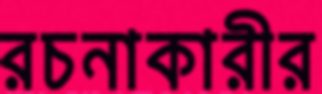
রচনাকারীর